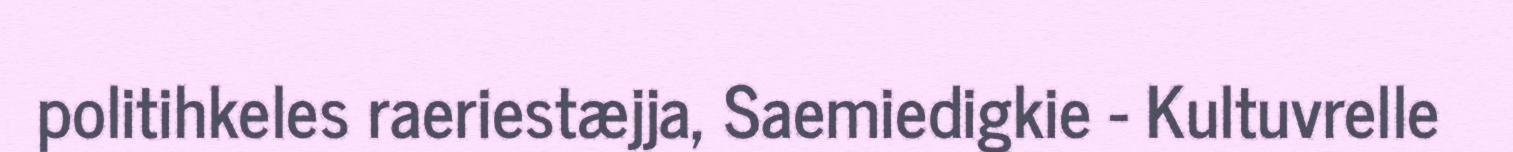
politihkeles raeriestæjja, Saemiedigkie - Kultuvrelle